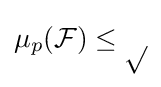
\mu _{p}({\cal {F)\leq p}}